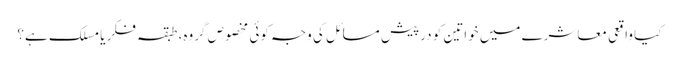
کیا واقعی معاشرے میں خواتین کو درپیش مسائل کی وجہ کوئی مخصوص گروہ، طبقہ فکر یا مسلک ہے؟